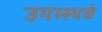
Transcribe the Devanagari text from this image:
उगम्स्थळे